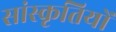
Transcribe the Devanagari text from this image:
सांस्कृतियों